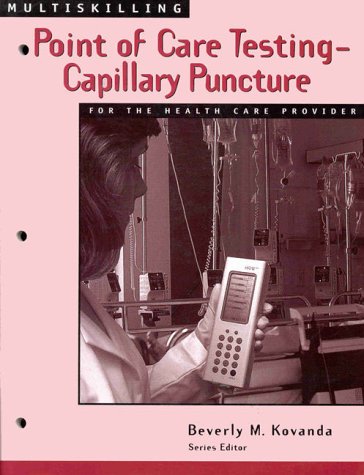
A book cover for Multiskilling: Point Of Care Testing for the Health Care Provider (Delmar's Multiskilling Series); Beverly M Kovanda; Medical Books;